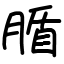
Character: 腯